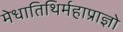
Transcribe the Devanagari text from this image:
मेधातिथिर्महाप्राज्ञो